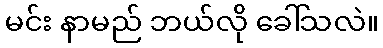
မင်း နာမည် ဘယ်လို ခေါ်သလဲ။